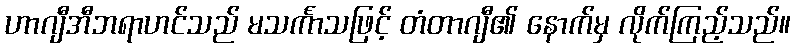
ဟာဂျီအီဘရာဟင်သည် မသင်္ကာသဖြင့် တံတာဂျီ၏ နောက်မှ လိုက်ကြည့်သည်။